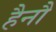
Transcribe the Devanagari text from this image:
हैनौ